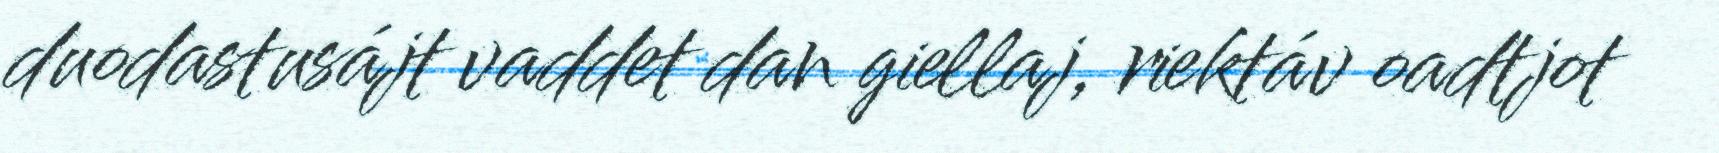
duodastusájt vaddet dan giellaj, riektáv oadtjot